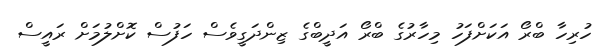
ހުރިހާ ބްރޯ އަކަށްފަހު މިހާރުގެ ބްރޯ އަދީބްގެ ޒިންދަގީވެސް ހަފުސް ކޮށްލުމަށް ރައީސް